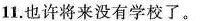
11.也许将来没有学校了。